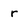
Character: r